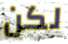
لكن